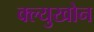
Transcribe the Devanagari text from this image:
क्ल्युखोन